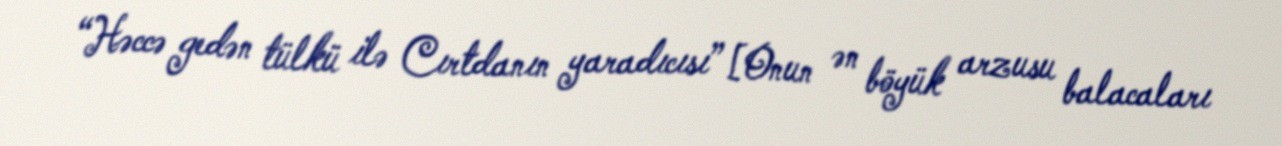
“Həccə gedən tülkü ilə Cırtdanın yaradıcısı” [Onun ən böyük arzusu balacaları